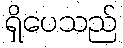
ရှိပေသည်